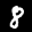
Label: 8